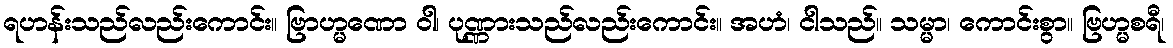
ရဟန်းသည်လည်းကောင်း။ ဗြာဟ္မဏော ဝါ၊ ပုဏ္ဏားသည်လည်းကောင်း။ အဟံ၊ ငါသည်။ သမ္မာ၊ ကောင်းစွာ။ ဗြဟ္မစရီ၊